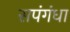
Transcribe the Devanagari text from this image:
सपंगंधा